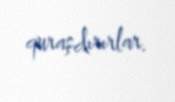
quraşdırırlar.